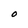
Character: O